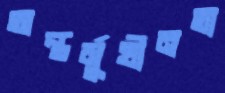
অন্তর্মুখীনতা